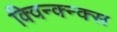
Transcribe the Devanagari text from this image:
क्विन्क्न्क्स